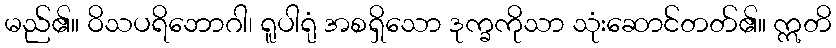
မည်၏။ ဝိသပရိဘောဂါ၊ ရူပါရုံ အစရှိသော ဒုက္ခကိုသာ သုံးဆောင်တတ်၏။ ဣတိ